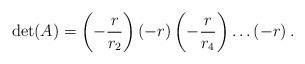
LaTeX: \begin{align*}\det(A) &=\left(-\frac{r}{r_2}\right)\left(-r\right)\left(-\frac{r}{r_4}\right)\ldots\left(-r\right).\end{align*}